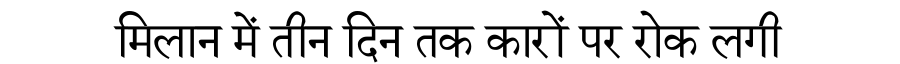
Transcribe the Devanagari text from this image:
मिलान में तीन दिन तक कारों पर रोक लगी